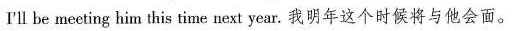
I'll be meeting him this time next year.我明年这个时候将与他会面。